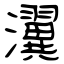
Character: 瀷